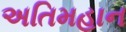
અતિમહાન